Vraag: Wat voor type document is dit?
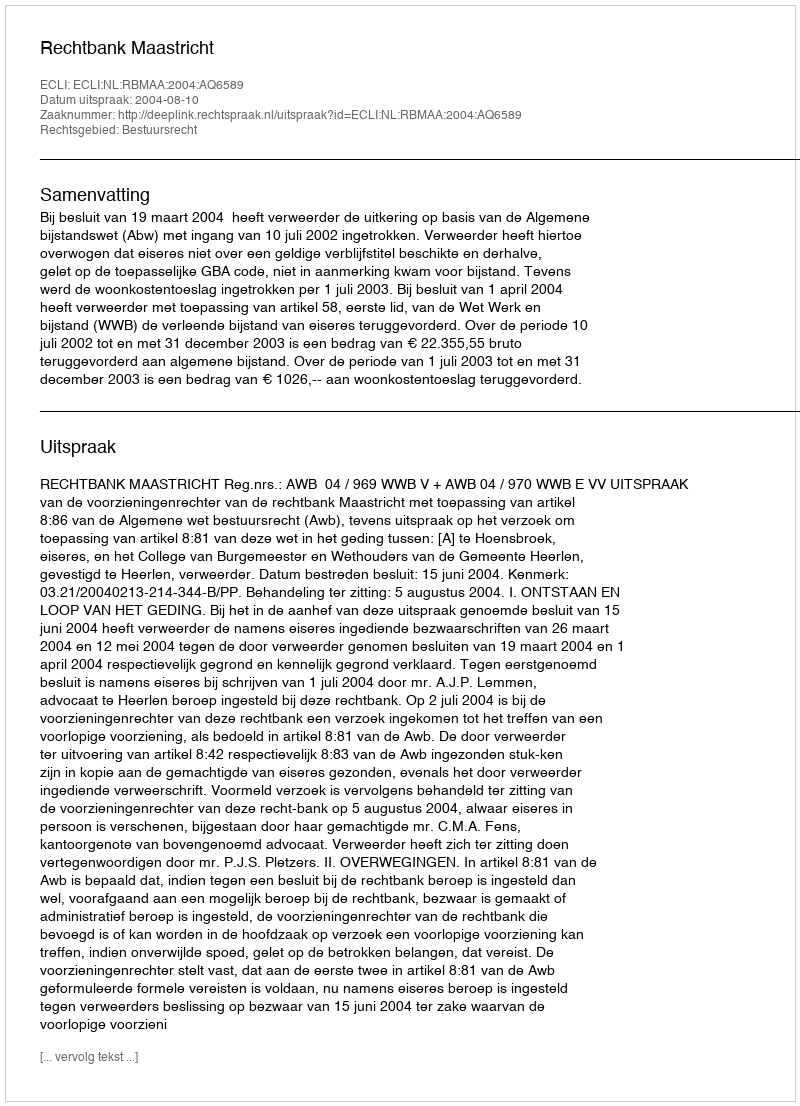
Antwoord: Uitspraak